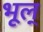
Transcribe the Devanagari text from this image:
भूल्